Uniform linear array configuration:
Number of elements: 16
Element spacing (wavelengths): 1
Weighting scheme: uniform
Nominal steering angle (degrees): -45
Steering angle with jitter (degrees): -45.225
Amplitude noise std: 0.05
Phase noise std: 0.05

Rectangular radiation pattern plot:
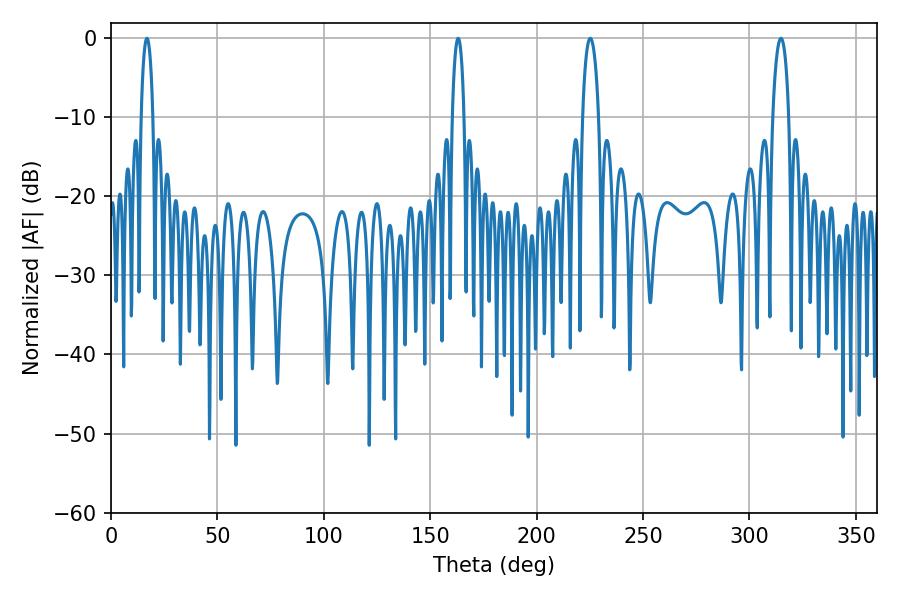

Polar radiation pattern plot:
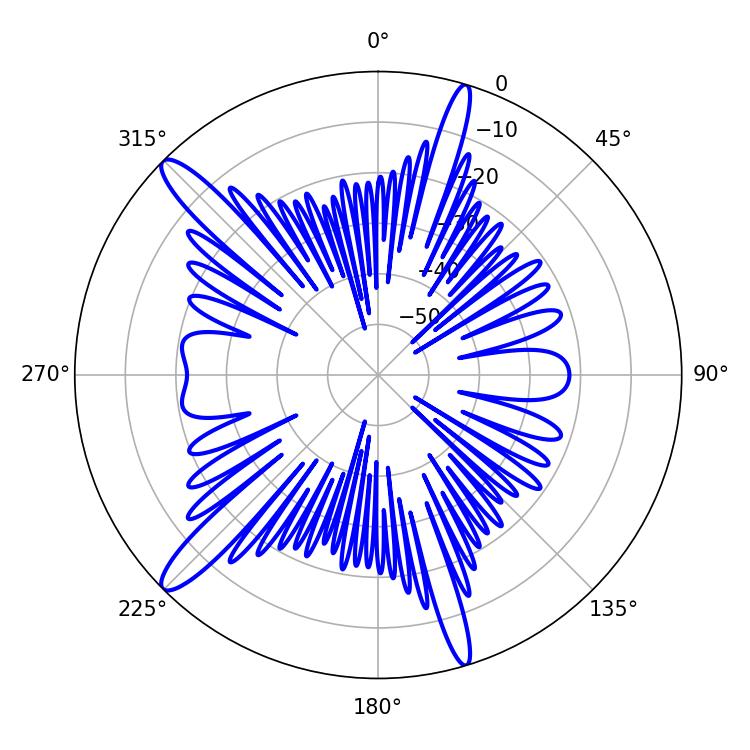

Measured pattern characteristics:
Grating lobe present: TRUE
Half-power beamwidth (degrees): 4.32
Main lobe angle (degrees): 225.18